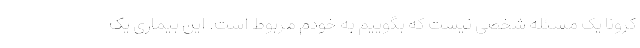
کرونا یک مسئله شخصی نیست که بگوییم به خودم مربوط است. این بیماری یک